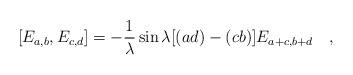
LaTeX: \begin{align*}[E_{a,b}, E_{c,d}]=-{1 \over \lambda }\sin{\lambda[(ad)-(cb)]}E_{a+c,b+d}\quad ,\end{align*}